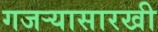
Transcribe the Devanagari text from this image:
गजर्‍यासारखी